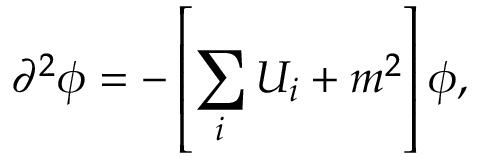
\partial ^ { 2 } \phi = - \left[ \sum _ { i } U _ { i } + m ^ { 2 } \right] \phi ,